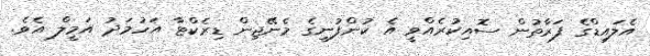
އެލައިޑްގެ ފަރާތުން ސޮއިކުރެއްވީ އެ ކުންފުނީގެ މެނޭޖިން ޑިރެކްޓާ އަހުމަދު އަމީލް އެވެ.